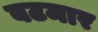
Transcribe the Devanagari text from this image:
बटमार